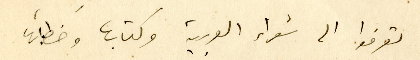
تعرفوا الى شعراء العربية وكتابها وخطابَها